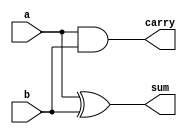
// Half adder is a combinational circuit which computer binary addition of two binary inputs. 
// It is one of the basic combinational circuit in which we have combination of two gates (ex-or gate, and gate)

module half_add_dut (a,b,sum,carry);
  input a,b;
  output reg sum,carry;

  /*assign sum = a^b;
  assign carry = a&b; */

	always @(a,b)  //procedural assignm
		begin
  		sum<=a^b;
  		carry<=a&b;
		end
endmodule